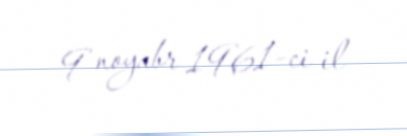
9 noyabr 1961-ci il